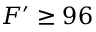
F ^ { \prime } \ge 9 6 \